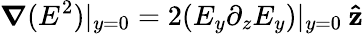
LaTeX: \boldsymbol{\nabla}(E^{2})|_{y=0}=2(E_{y}\partial_{z}E_{y})|_{y=0}\: \mathbf{\hat{z}}